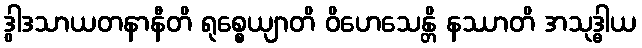
ဒွါဒသာယတနာနီတိ ရုစ္စေယျာတိ ဝိဟေသေန္တိ နဿာတိ အသုဒ္ဓါယ